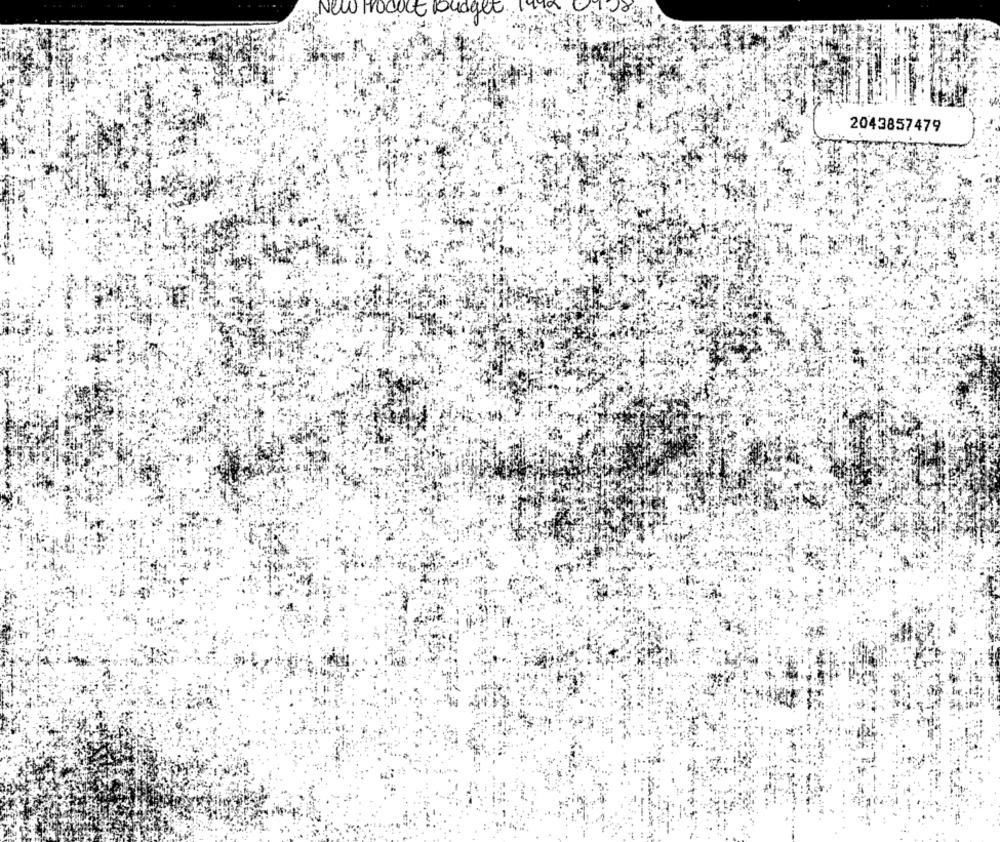
,New Product Budget.
2043857479